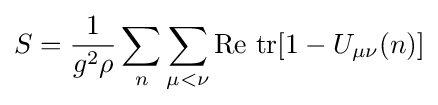
S={\frac {1}{g^{2}\rho }}\sum _{n}\sum _{\mu <\nu }{\text{Re}}\ {\text{tr}}[1-U_{\mu \nu }(n)]